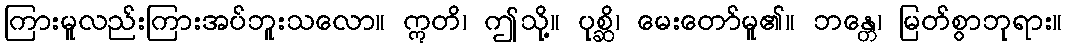
ကြားမူလည်းကြားအပ်ဘူးသလော။ ဣတိ၊ ဤသို့။ ပုစ္ဆိ၊ မေးတော်မူ၏။ ဘန္တေ၊ မြတ်စွာဘုရား။